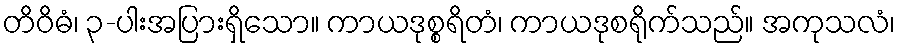
တိဝိဓံ၊ ၃-ပါးအပြားရှိသော။ ကာယဒုစ္စရိတံ၊ ကာယဒုစရိုက်သည်။ အကုသလံ၊